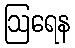
ဩရေန